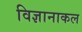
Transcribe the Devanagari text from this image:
विज्ञानाकल